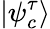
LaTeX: |\psi_{c}^{\tau}\rangle